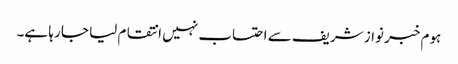
ہوم خبر نواز شریف سے احتساب نہیں انتقام لیا جا رہا ہے۔